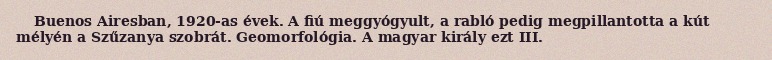
Buenos Airesban, 1920-as évek. A fiú meggyógyult, a rabló pedig megpillantotta a kút mélyén a Szűzanya szobrát. Geomorfológia. A magyar király ezt III.